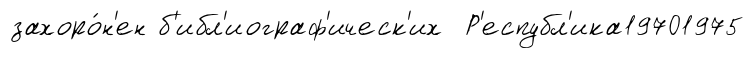
захоро́н'ен б'ибл'иограф'ическ'их Р'еспубл'ика19701975